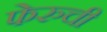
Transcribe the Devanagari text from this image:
फेरुची